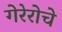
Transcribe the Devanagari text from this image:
गेरेरोचे